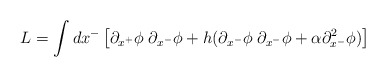
\begin{align*}L=\int d x^- \left[\partial_{x^+}\phi \; \partial_{x^-}\phi +h(\partial_{x^-}\phi \; \partial_{x^-}\phi +\alpha\partial_{x^-}^2\phi)\right]\end{align*}